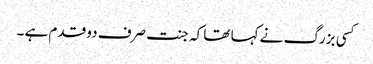
کسی بزرگ نے کہا تھا کہ جنت صرف دو قدم ہے ۔